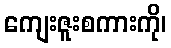
ကျေးဇူးစကားကို၊